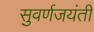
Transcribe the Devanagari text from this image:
सुवर्णजयंती